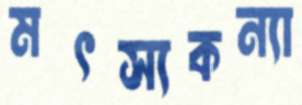
মৎস্যকন্যা